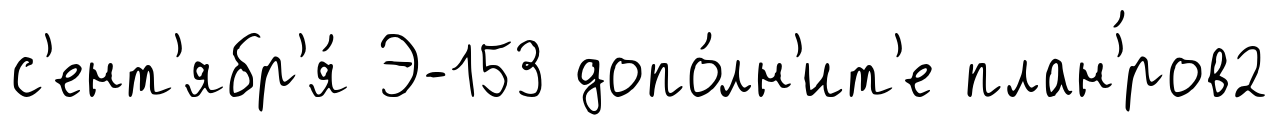
с'ент'ябр'я́ Э-153 допо́лн'ит'е план'́ров2